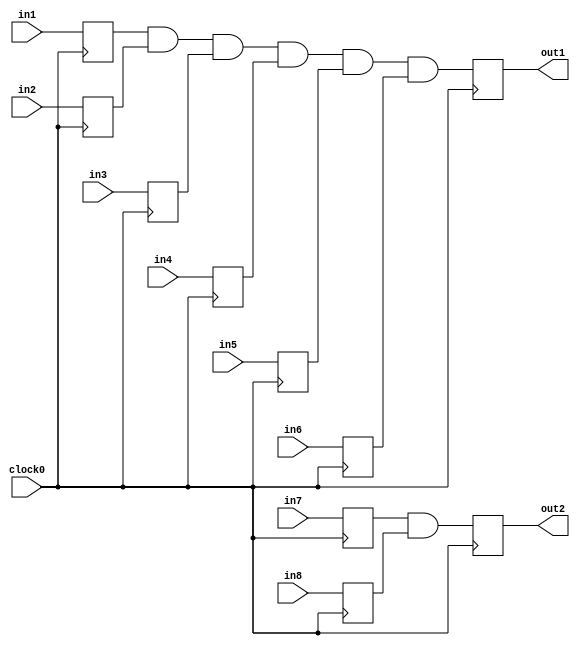
module lut2lut
      (
    input clock0,
    input  in1,in2,in3,in4,in5,in6,in7,in8,
    output reg out1,
    output reg out2
);

reg in1_reg,in2_reg,in3_reg,in4_reg,in5_reg,in6_reg,in7_reg,in8_reg;
wire and1_o;
wire and2_o;

always @(posedge clock0)
  begin
  	in1_reg <= in1;
  	in2_reg <= in2;
	in3_reg <= in3;
	in4_reg <= in4;
	in5_reg <= in5;
	in6_reg <= in6;
	in7_reg <= in7;
	in8_reg <= in8;
	
  end 



assign and1_o = in1_reg & in2_reg & in3_reg & in4_reg & in5_reg & in6_reg;

always @(posedge clock0)
 begin
  out1 <= and1_o;
 end

assign and2_o = in7_reg & in8_reg;

always @(posedge clock0)
 begin
  out2 <= and2_o;
 end

endmodule